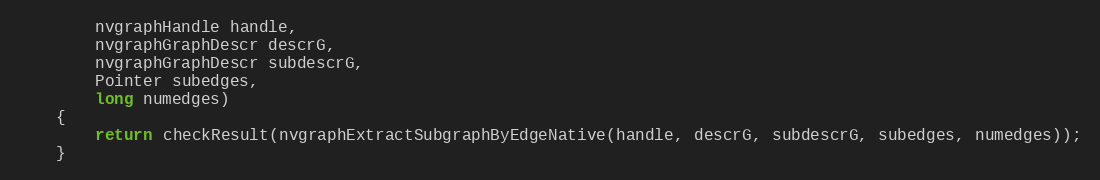
Language: Java
        nvgraphHandle handle,
        nvgraphGraphDescr descrG,
        nvgraphGraphDescr subdescrG,
        Pointer subedges,
        long numedges)
    {
        return checkResult(nvgraphExtractSubgraphByEdgeNative(handle, descrG, subdescrG, subedges, numedges));
    }